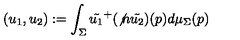
( u _ { 1 } , u _ { 2 } ) : = \int _ { \Sigma } \tilde { u _ { 1 } } ^ { + } ( { \not n } \tilde { u _ { 2 } } ) ( p ) d \mu _ { \Sigma } ( p )